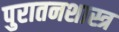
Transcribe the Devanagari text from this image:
पुरातनशास्त्र